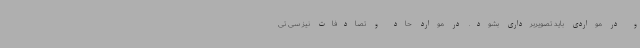
و در مواردی باید تصویربرداری بشود. در موارد حاد و تصادفات نیز سی تی